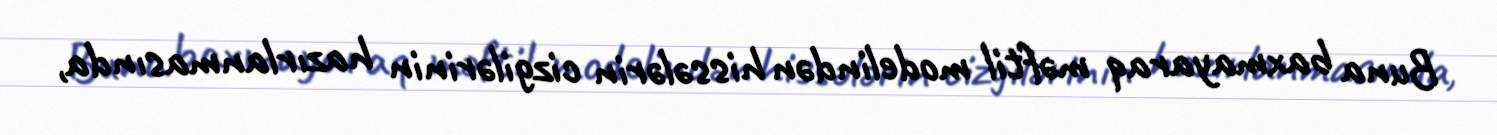
Buna baxmayaraq məftil modelindən hissələrin cizgilərinin hazırlanmasında,